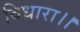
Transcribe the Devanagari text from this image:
विधारा।।